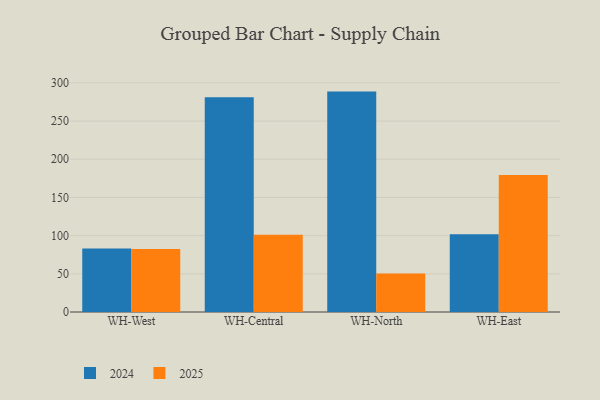
{"axis": {"x": "Warehouse", "y": "Inventory Turnover"}, "legend": ["2024", "2025"], "data": [{"x": "WH-West", "y": 82.4, "type": "2025"}, {"x": "WH-West", "y": 83.1, "type": "2024"}, {"x": "WH-Central", "y": 101.0, "type": "2025"}, {"x": "WH-Central", "y": 281.2, "type": "2024"}, {"x": "WH-North", "y": 50.3, "type": "2025"}, {"x": "WH-North", "y": 288.6, "type": "2024"}, {"x": "WH-East", "y": 179.5, "type": "2025"}, {"x": "WH-East", "y": 101.8, "type": "2024"}]}